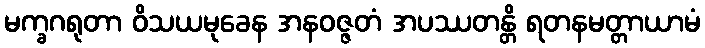
မက္ခဂရုတာ ဝိသယမုခေန အနဝဇ္ဇတံ အပဿတန္တိ ရတနမတ္တာယာမံ